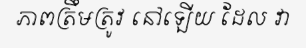
ភាពត្រឹមត្រូវ នៅឡើយ ដែល វា